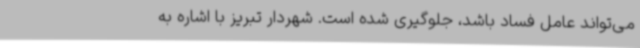
می‌تواند عامل فساد باشد، جلوگیری شده است. شهردار تبریز با اشاره به